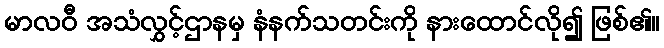
မာလဝီ အသံလွှင့်ဌာနမှ နံနက်သတင်းကို နားထောင်လို၍ ဖြစ်၏။